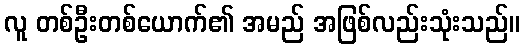
လူ တစ်ဦးတစ်ယောက်၏ အမည် အဖြစ်လည်းသုံးသည်။